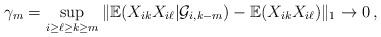
LaTeX: \begin{align*}\gamma_{m}=\sup_{i \geq\ell\geq k\geq m}\Vert\mathbb{E}(X_{ik}X_{i\ell}|\mathcal{G}_{i,k-m})-\mathbb{E}(X_{ik}X_{i\ell})\Vert_{1}\rightarrow0\,,\end{align*}